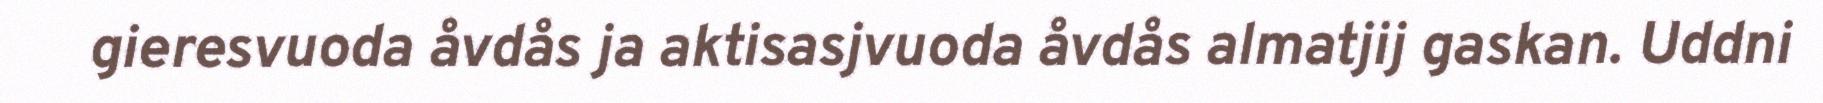
gieresvuoda åvdås ja aktisasjvuoda åvdås almatjij gaskan. Uddni